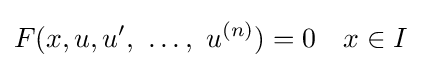
F(x,u,u',\ \ldots ,\ u^{(n)})=0\quad x\in I